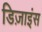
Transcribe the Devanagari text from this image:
डिज़ाइंस